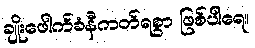
ချိုးဖေါက်ခံနီကတ်ရစွာ ဖြစ်ပါရေ။